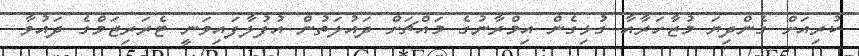
ކުރިއަށް ގެންދިޔަ މުޒާހަރާއާ ގުޅިގެން އިމްރާނުގެ މައްޗަށް ދައުލަތުން އުފުލާފައިވަނީ ޓެރަރިޒަމްގެ ދައުވާ